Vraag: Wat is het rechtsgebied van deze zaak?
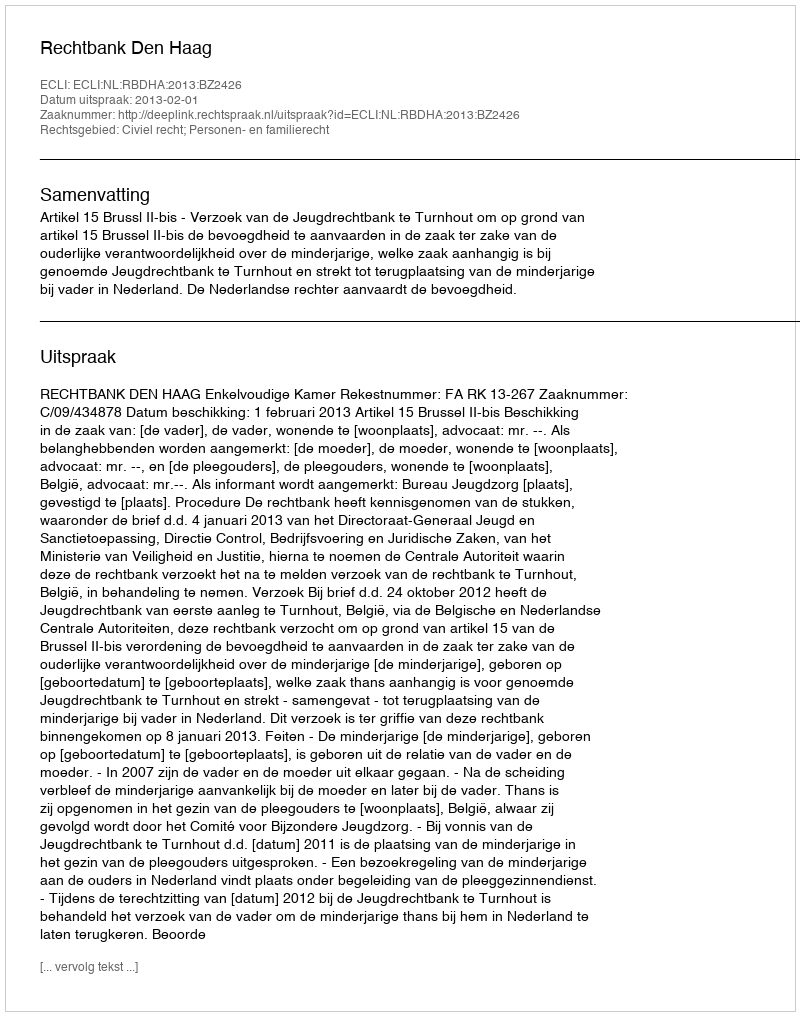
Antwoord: Civiel recht; Personen- en familierecht